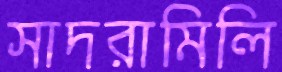
সাদরামিলি